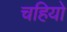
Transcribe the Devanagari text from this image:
चहियो